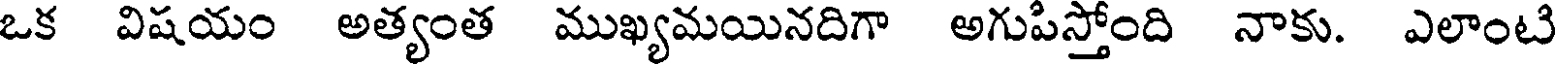
ఒక విషయం అత్యంత ముఖ్యమయినదిగా అగుపిస్తోంది నాకు. ఎలాంటి